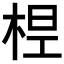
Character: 𣒋